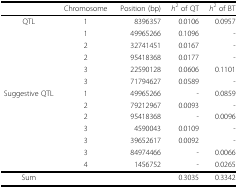
|  | Chromosome | Position (bp) | h2 of QT | h2 of BT |
 | --- | --- | --- | --- | --- |
 | QTL | 1 | 8396357 | 0.0106 | 0.0957 |
 |  | 1 | 49965266 | 0.1096 | - |
 |  | 2 | 32741451 | 0.0167 | - |
 |  | 2 | 95418368 | 0.0177 | - |
 |  | 3 | 22590128 | 0.0606 | 0.1101 |
 |  | 3 | 71794627 | 0.0589 | - |
 | Suggestive QTL | 1 | 49965266 | - | 0.0859 |
 |  | 2 | 79212967 | 0.0093 | - |
 |  | 2 | 95418368 | - | 0.0096 |
 |  | 3 | 4590043 | 0.0109 | - |
 |  | 3 | 39652617 | 0.0092 | - |
 |  | 3 | 84974466 | - | 0.0066 |
 |  | 4 | 1456752 | - | 0.0265 |
 | Sum |  |  | 0.3035 | 0.3342 |